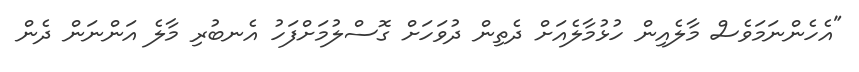
"އެހެންނަމަވެސް މާލެއިން ހުޅުމާލެއަށް ދެތިން ދުވަހަށް ގޮސްލުމަށްފަހު އެނބުރި މާލެ އަންނަން ދެން